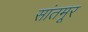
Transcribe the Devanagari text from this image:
सांतमूर